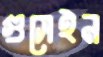
গুসেইন